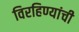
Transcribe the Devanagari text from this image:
विरहिण्यांची